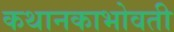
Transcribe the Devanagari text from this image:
कथानकाभोवती